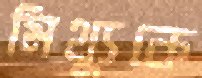
মিথ্যুকে